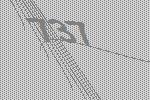
737